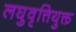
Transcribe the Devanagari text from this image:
लघुवृत्तियुक्त